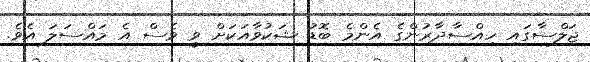
ޖަލްސާގައި ހިއްސާދާރުންގެ އެންމެ ބޮޑު ޝަކުވާއަކަށް ވީ ވެސް އެ މައްސަލަ އެވެ.